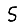
Digit: 5